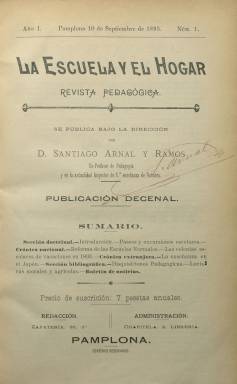
Título: La Escuela y el hogar
Colección: Educación
Ámbito geográfico: Navarra
Lugar de publicación: Pamplona
Fechas: 10/09/1893-28/02/1894

Revista de pedagogía, indica el subtítulo de esta publicación fundada y dirigida por Santiago Arnal y Ramos cuando es nombrado inspector de 1ª Enseñanza de Navarra. Según expone su propia información, su fin era “extender entre los maestros y las familias los conocimientos pedagógicos… conforme con los principios de la moderna Pedagogía”. Estuvo publicándose los días 10, 20 y 30 de cada mes, desde el diez de septiembre de 1893 hasta el 28 de febrero de 1894, en entregas de dieciséis páginas, en formato 4º prolongado o mayor, destinando el mayor número de sus páginas a artículos doctrinales y crónicas nacionales y extranjeras, y las últimas a una Sección bibliográfica y un Boletín de noticias.

La colección de este título la integran sus dieciocho entregas, publicadas durante ese semestre, que forman un tomo. Contiene un índice de los títulos de sus artículos y crónicas, así como de la bibliografía referenciada y los textos legislativos que recopila. La revista fue estampada en la pamplonesa Imprenta y Librería de Joaquín Lorda.

Entre sus textos doctrinales aparecen los referidos a Paseos y excursiones escolares, La disciplina doméstica, La instrucción primaria entre los musulmanes españoles o Educación de la memoria; entre las crónicas nacionales, a La reforma de las Escuelas Normales, Reformas proyectadas por la Asociación para la enseñanza de la mujer, Las colonias escolares o La enseñanza de la patria en las escuelas; y en las extranjeras ofrece información de los sistemas de enseñanza japonés, ruso, sueco, polaco, el polaco en Alemania o el de la mujer en este país.

La causa de su cese se debió a una circular de la Inspección General de 1ª Enseñanza (que es recogida en su último número) por la que se prohíbe a los inspectores intervenir de modo alguno en la publicación de periódicos profesionales y recomendar o promover la suscripción a los mismos. Esta medida pudo ser adoptada por el “celo” que debió provocar esta publicación de Santiago Arnal con la también pamplonesa El Magisterio navarro (1879). Arnal sería promotor de otras publicaciones del mismo carácter pedagógico y fue favorable a innovaciones en el sistema de enseñanza español. Referencias bibliográficas para este título son las de Gabriel Imbuluzqueta (1993), Juan María Lecea Yábar (1977) o la de Checa Godoy (2002).